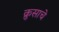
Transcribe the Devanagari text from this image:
क्रुसाचे